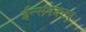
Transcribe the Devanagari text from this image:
ईन्सपेक्टर